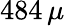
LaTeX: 484\, \mu